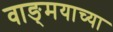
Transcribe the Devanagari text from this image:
वाङ्‍मयाच्या